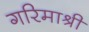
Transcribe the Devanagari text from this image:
गरिमाश्री